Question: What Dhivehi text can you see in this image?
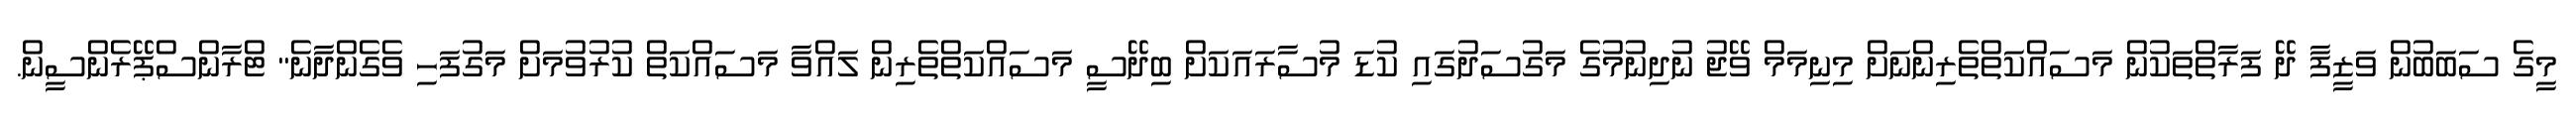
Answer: މީގެ ސަބަބުން ވަޒީފާ ދޭ ފަރާތްތަކުން މަސައްކަތްތެރިންނަށް މިނިމަމް ވޭޖު ނުދިނުމުގެ މަގުސަދުގައި ކުޑަ މުސާރައަކަށް ބިދޭސީ މަސައްކަތްތެރިން ލައްވާ މަސައްކަތް ކުރުވުމަށް މަގުފަހި ވެގެންދާނެ" ޓްރާންސްޕޭރެންސީން.